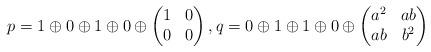
LaTeX: \begin{align*}p= 1\oplus 0\oplus 1\oplus 0\oplus \begin{pmatrix}1&0\\0&0\end{pmatrix},q= 0\oplus 1\oplus 1\oplus 0\oplus \begin{pmatrix}a^2&ab \\ab&b^2\end{pmatrix}\end{align*}